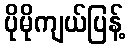
ပိုမိုကျယ်ပြန့်